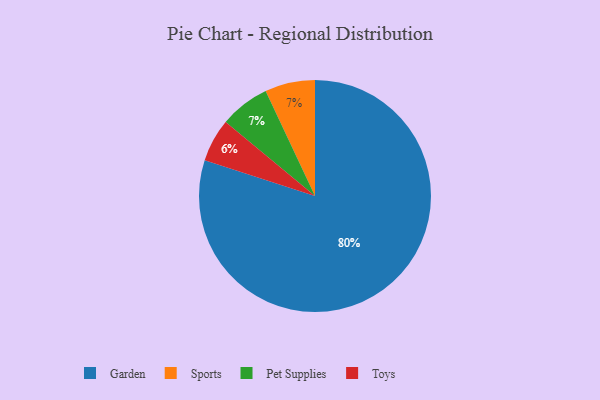
{"axis": {"x": "Category", "y": "Percentage"}, "legend": ["Garden", "Pet Supplies", "Sports", "Toys"], "data": [{"x": "Sports", "y": 7, "type": "Sports"}, {"x": "Garden", "y": 80, "type": "Garden"}, {"x": "Pet Supplies", "y": 7, "type": "Pet Supplies"}, {"x": "Toys", "y": 6, "type": "Toys"}]}